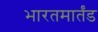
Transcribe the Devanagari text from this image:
भारतमार्तंड